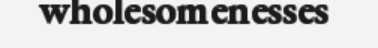
wholesomenesses